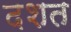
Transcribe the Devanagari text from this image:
दशत